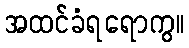
အထင်ခံရရောကွ။